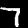
Label: 7